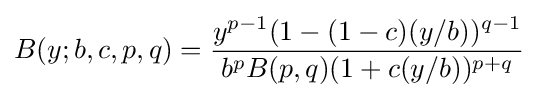
B(y;b,c,p,q)={\frac {y^{p-1}(1-(1-c)(y/b))^{q-1}}{b^{p}B(p,q)(1+c(y/b))^{p+q}}}